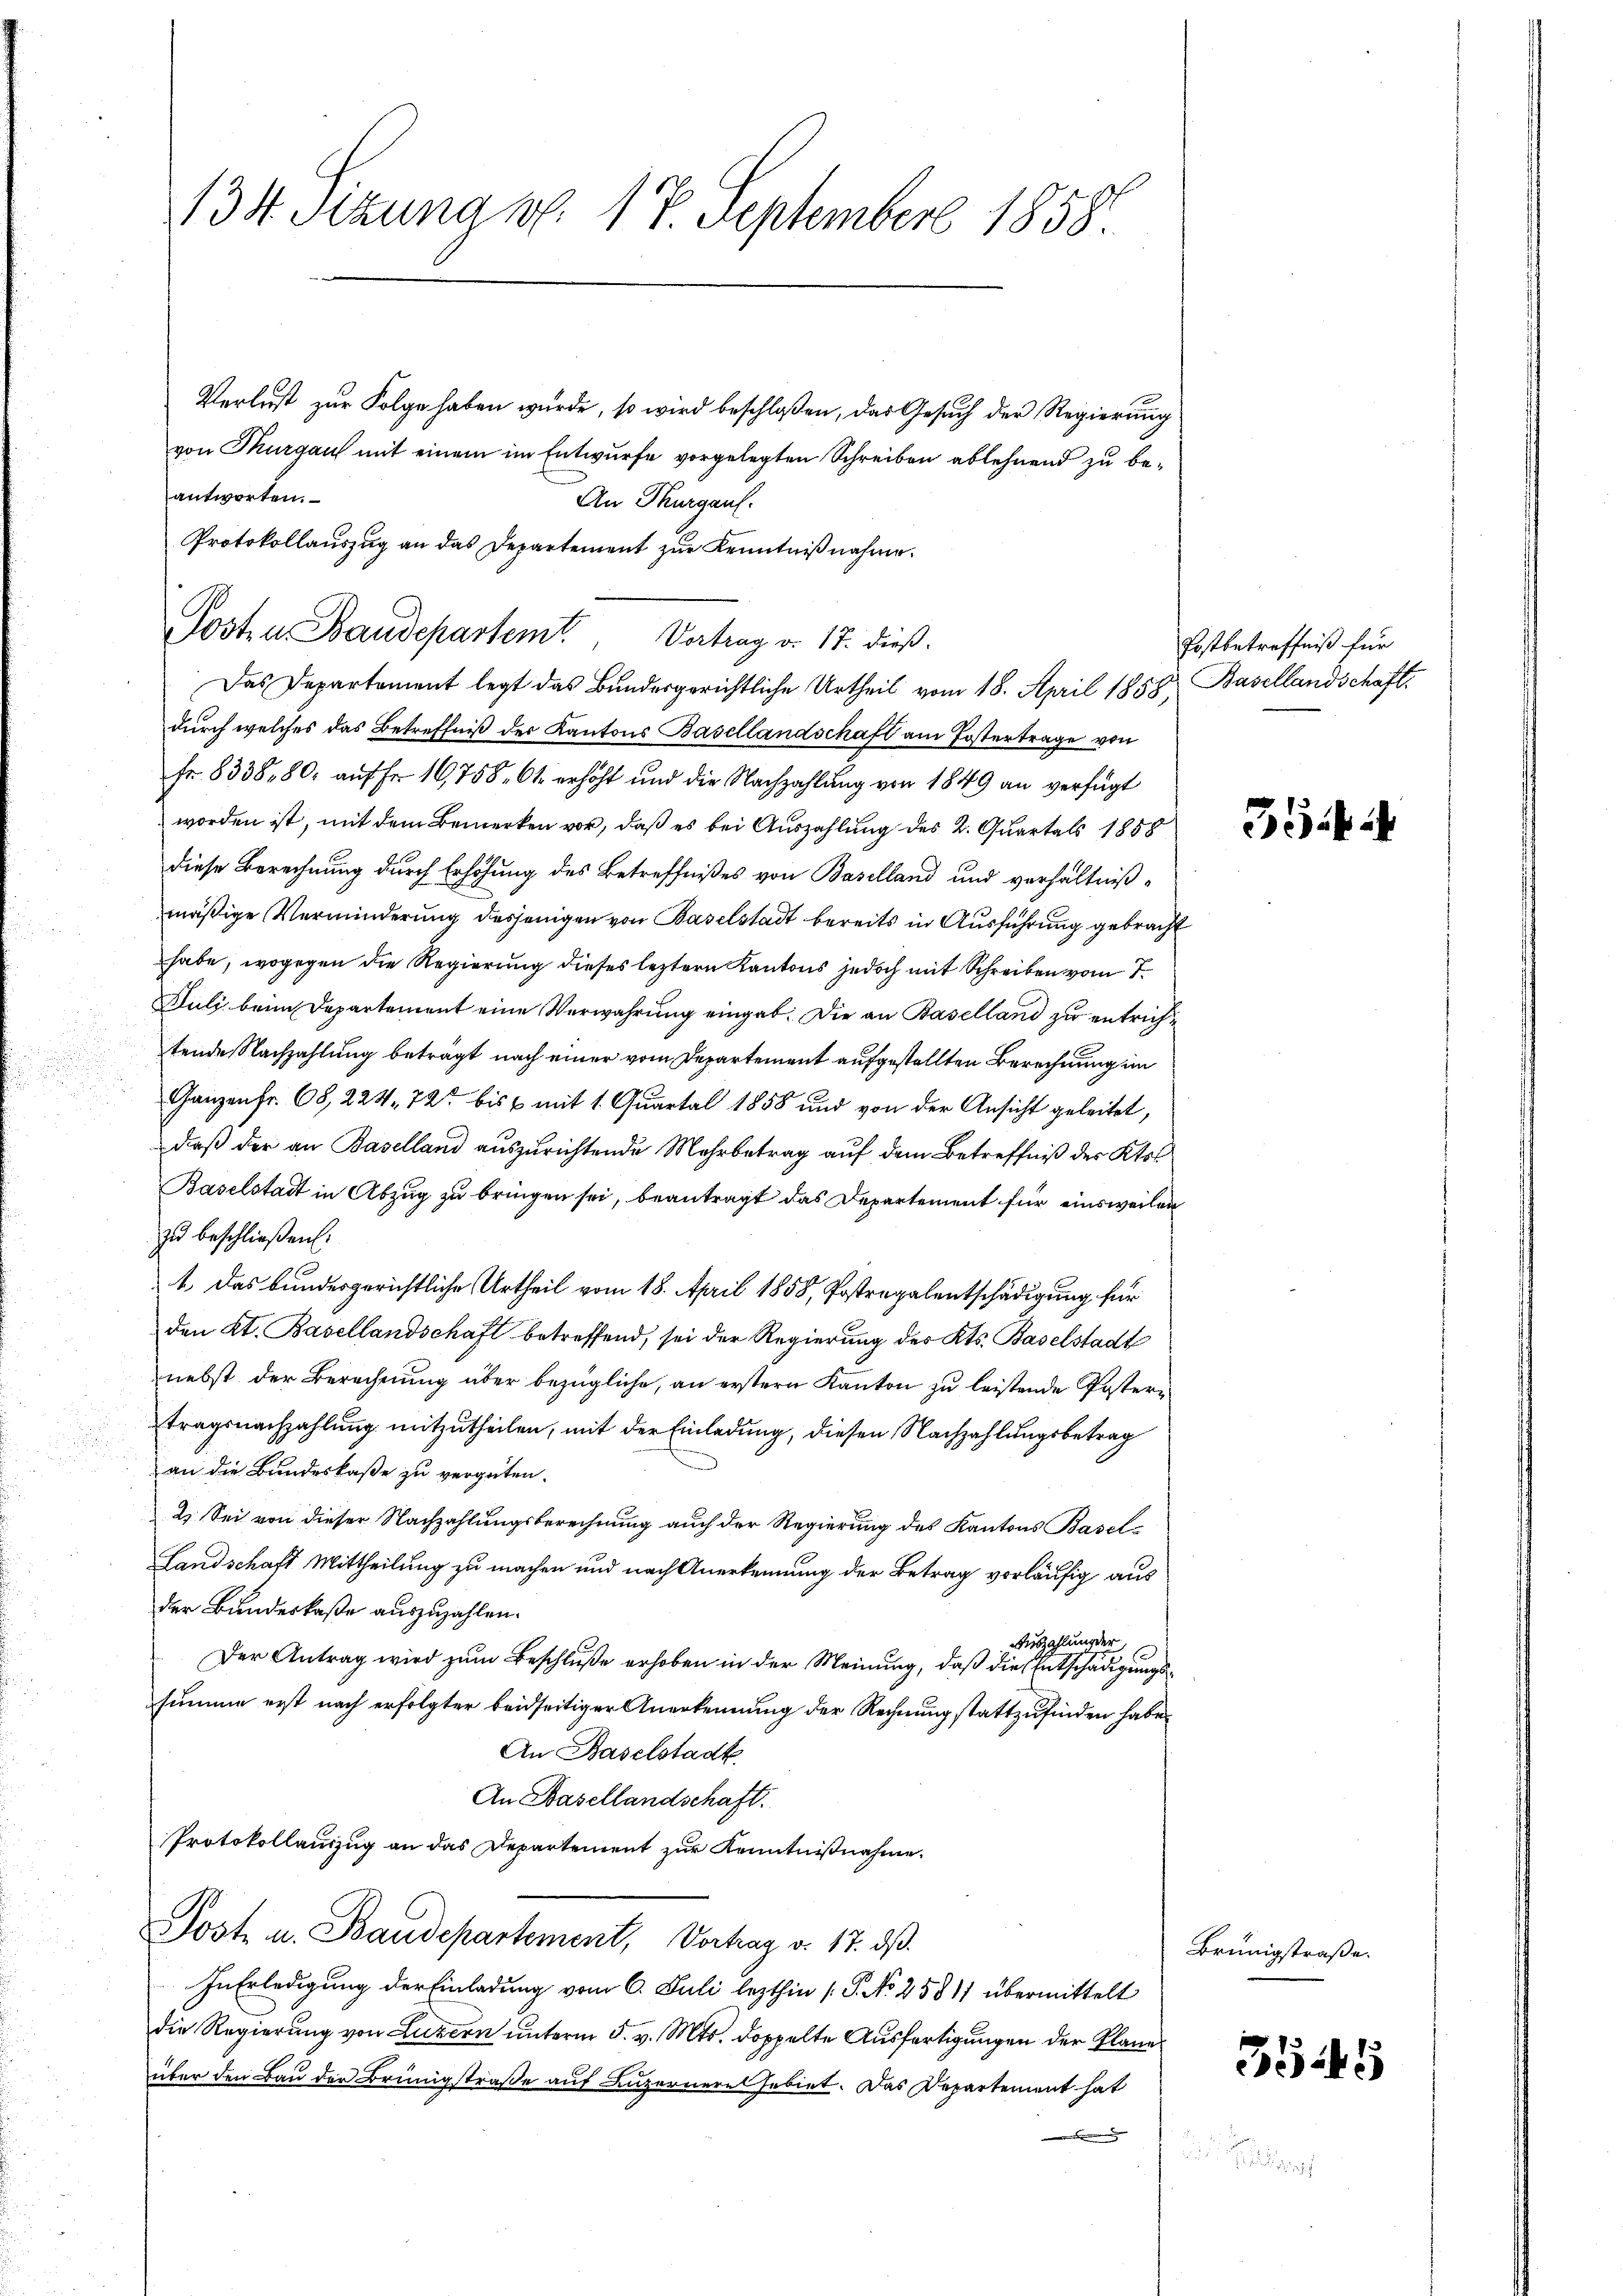
134. Sizung No. 17. September 1858.

Verlust zur Folge haben wurde, so wird beschloßen, das Gesuch der Regierung
von Thurgau mit einem im Entwurfe vorgelegten Schreiben ablehnend zu beantworten.
An Thurgauf.
Protokollauszug an das Departement zur Kenntnißnahme.
Das Departement legt das Bundesgerichtliche Urtheil vom 18. April 1858 Basellandschaft
durch welches das Betreffniß der Kantons Basellandschaft am Postertrage von
Fr. 8338, 80, auf Fr. 16758. 61 erhöht und die Nachzahlung von 1849 an verfügt
worden ist, mit dem Bemerken vor, daß es bei Auszahlung des 2. Quartals 1858
diese Berechnung durch Erhöhung des Betreffnißes von Baselland und verhältnißmäßige Verminderung desjenigen von Baselstadt bereits in Ausführung gebracht
habe, wogegen die Regierung dieses leztern Kantons jedoch mit Schreiben vom 7.
Juli beim Departement eine Verwahrung eingab. Die an Baselland zu entrichtende Nachzahlung beträgt nach einer vom Departement aufgestellten Berechnung im
Ganzen fr. 68, 224. 72 bis 6 mit 1. Quartal 1858 und von der Ansicht geleitet,
daß der an Baselland auszurichtende Mehrbetrag auf dem Betreffniß des Kts.
Baselstadt in Abzug zu bringen sei, beantragt das Departement für einsweilen
zu beschließen.
1. Das bundesgerichtliche Urtheil vom 18. April 1858, Postrapalentschädigung für
den Kt. Basellandschaft betreffend, sei der Regierung des Kts. Baselstadt
nebst der Berechnung über bezügliche, an erstern Kanton zu leistende Postertragsnachzahlung mitzutheilen, mit der Einladung, diesen Nachzahlungsbetrag
an die Bundeskaße zu vergüten.
2. Sei von dieser Nachzahlungsberechnung auch der Regierung des Kantons Basel¬
Landschaft Mittheilung zu machen und nach Anerkennung der Betrag vorläufig aus
der Bundeskaße auszuzahlen.
Auszahlunger
Der Antrag wird zum Beschluße erhoben in der Meinung, daß die Entschädigungssumme erst nach erfolgter beidseitiger Anerkennung der Rechnung stattzufinden habe,
An Baselstadt
An Basellandschaft.
Protokollauszug an das Departement zur Kenntnißnahme.
Post u. Baudepartement, Vortrag v. 17. dβ.
In Erledigung der Einladung vom 6. Juli lezthin (S. No 25811 übermittelt
die Regierung von Luzern unterm 5. v. Mts. doppelte Ausfertigungen der Plane
über den Bau der Brünigstraße auf Luzerneres Gebiet. Das Departement hat
s
.

Posten Baudepartemt. Vortrag v. 17. dieß.

Postbetreffniß für

3

Brünigstraße.

355